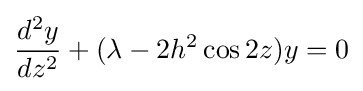
{\frac {d^{2}y}{dz^{2}}}+(\lambda -2h^{2}\cos 2z)y=0